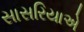
સાસરિયાએ